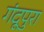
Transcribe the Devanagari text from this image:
गंदूपुरा